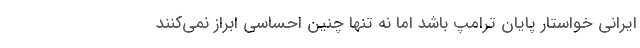
ایرانی خواستار پایان ترامپ باشد اما نه تنها چنین احساسی ابراز نمی‌کنند